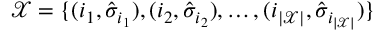
\mathcal { X } = \{ ( i _ { 1 } , \hat { \sigma } _ { i _ { 1 } } ) , ( i _ { 2 } , \hat { \sigma } _ { i _ { 2 } } ) , \ldots , ( i _ { | \mathcal { X } | } , \hat { \sigma } _ { i _ { | \mathcal { X } | } } ) \}